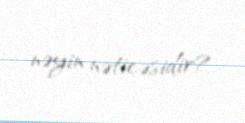
nəyin nəticəsidir?.